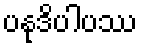
ပနုဒိပါပဿ